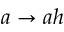
a \rightarrow a h